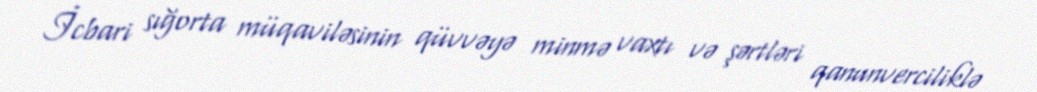
İcbari sığorta müqaviləsinin qüvvəyə minmə vaxtı və şərtləri qanunverciliklə